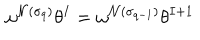
\omega ^ { { \cal { N } } ( \sigma _ { q } ) } \theta ^ { I } = \omega ^ { { \cal { N } } ( \sigma _ { q - 1 } ) } \theta ^ { I + 1 }